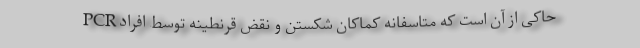
حاکی از آن است که متاسفانه کماکان شکستن و نقض قرنطینه توسط افراد PCR